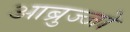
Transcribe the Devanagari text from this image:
आब्रुज्जो